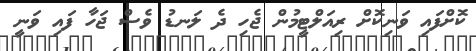
ކޮށްފައި ވަނިކޮށް ރިއަލްޓީމުން ޖެހި ދެ ލަނޑު ވެސް ޖަހާ ފައި ވަނީ